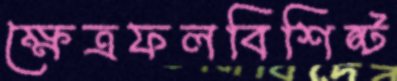
ক্ষেত্রফলবিশিষ্ট